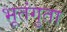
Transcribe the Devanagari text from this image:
भूतंगुता